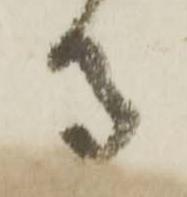
守